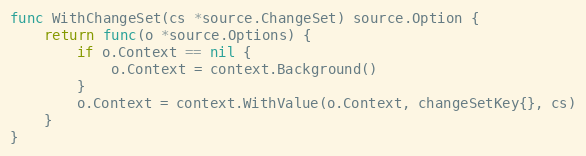
Language: Go
func WithChangeSet(cs *source.ChangeSet) source.Option {
	return func(o *source.Options) {
		if o.Context == nil {
			o.Context = context.Background()
		}
		o.Context = context.WithValue(o.Context, changeSetKey{}, cs)
	}
}